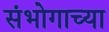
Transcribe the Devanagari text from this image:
संभोगाच्या